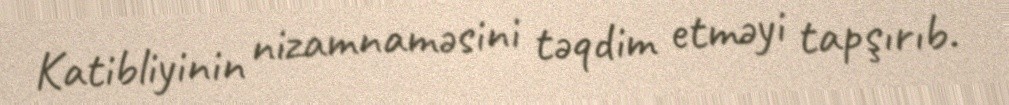
Katibliyinin nizamnaməsini təqdim etməyi tapşırıb.